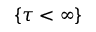
\{ \tau < \infty \}